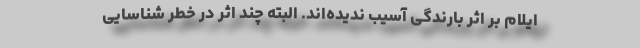
ایلام بر اثر بارندگی آسیب ندیده‌اند. البته چند اثر در خطر شناسایی